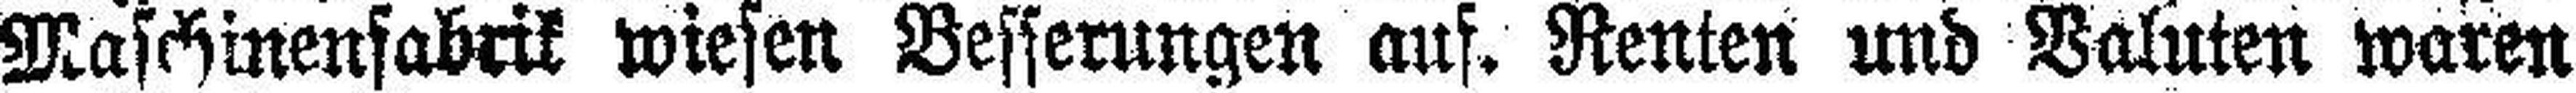
Maschinenfabrik wiesen Besserungen auf. Renten und Valuten waren